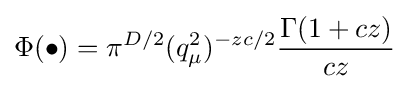
\displaystyle \Phi (\bullet )=\pi ^{D/2}(q_{\mu }^{2})^{-zc/2}{\Gamma (1+cz) \over cz}